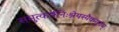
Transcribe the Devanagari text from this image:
समुत्कर्षनिःश्रेयस्यैकमुग्रम्‌